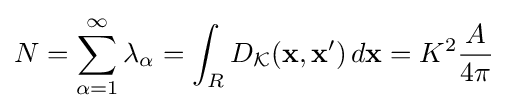
N=\sum _{\alpha =1}^{\infty }\lambda _{\alpha }=\int _{R}D_{\mathcal {K}}(\mathbf {x} ,\mathbf {x} ')\,d\mathbf {x} =K^{2}{\frac {A}{4\pi }}